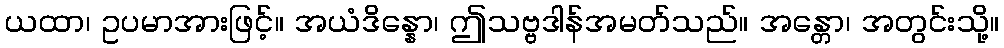
ယထာ၊ ဥပမာအားဖြင့်။ အယံဒိန္နော၊ ဤသဗ္ဗဒါန်အမတ်သည်။ အန္တော၊ အတွင်းသို့။